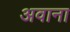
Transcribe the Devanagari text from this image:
अवाना